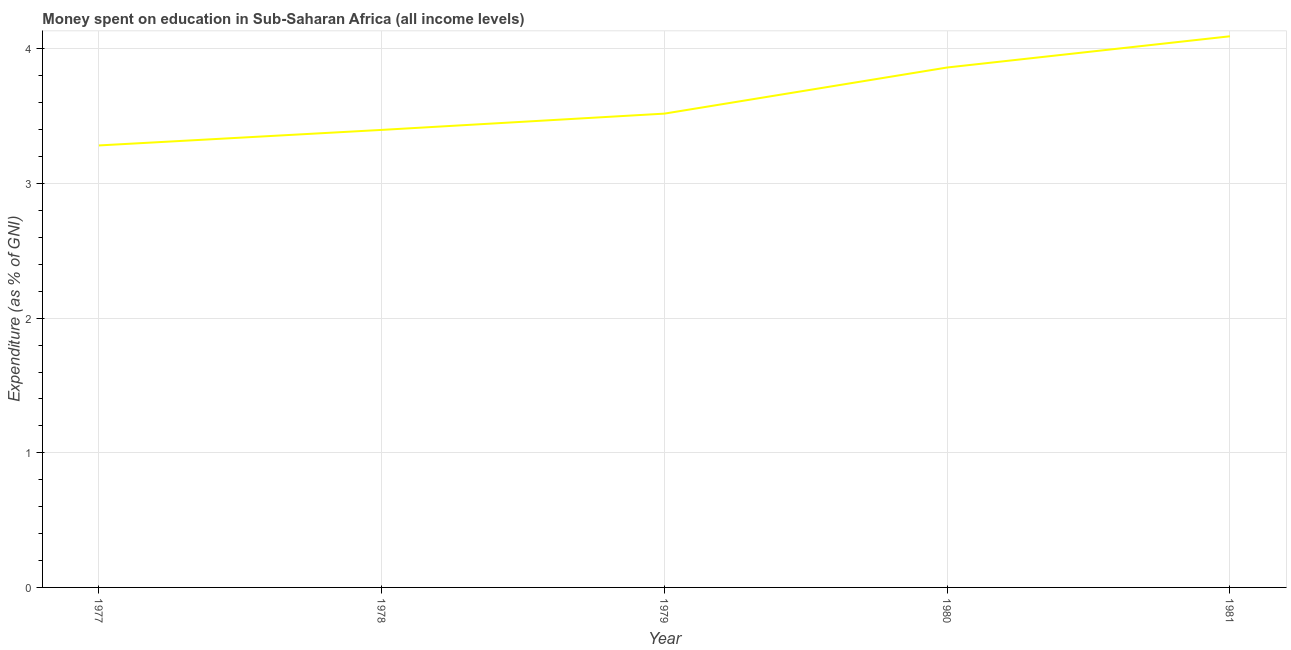
| Year | Education expenditure |
 | --- | --- |
 | 1977 | 3.28 |
 | 1978 | 3.4 |
 | 1979 | 3.52 |
 | 1980 | 3.86 |
 | 1981 | 4.09 |